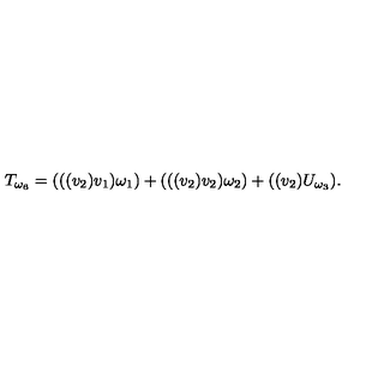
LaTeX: T _ { \omega _ { 6 } } = ( ( ( v _ { 2 } ) v _ { 1 } ) \omega _ { 1 } ) + ( ( ( v _ { 2 } ) v _ { 2 } ) \omega _ { 2 } ) + ( ( v _ { 2 } ) U _ { \omega _ { 3 } } ) .